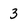
Character: 3